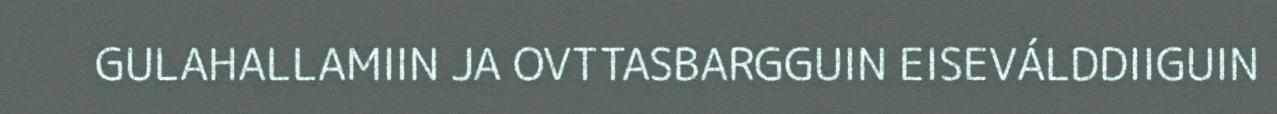
GULAHALLAMIIN JA OVTTASBARGGUIN EISEVÁLDDIIGUIN